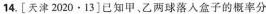
14.[天津2020·13]已知甲、乙两球落入盒子的概率分